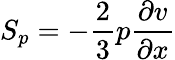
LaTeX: S_{p}=-\frac{2}{3}p\frac{\partial v}{\partial x}